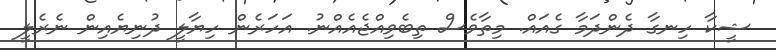
ޝީކާ ހިނގާ ދެންދަމާ ގެއައް. މިތާވެސް ތިބެވިއްޖެއެއްނު. އަހަރެން ހިޔާލީ ދުނިޔެއިން ނެރެލީ